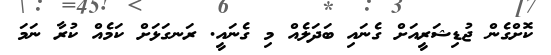
ކޮށްގެން ޖުޑިޝަރީއަށް ގެނައި ބަދަލެއް މި ގެނައީ. ރަނގަޅަށް ކަމެއް ކުރާ ނަމަ